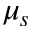
\mu _ { s }